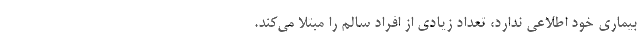
بیماری خود اطلاعی ندارد، تعداد زیادی از افراد سالم را مبتلا می‌کند.